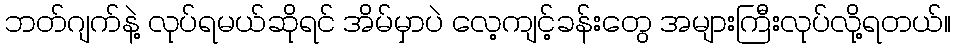
ဘတ်ဂျက်နဲ့ လုပ်ရမယ်ဆိုရင် အိမ်မှာပဲ လေ့ကျင့်ခန်းတွေ အများကြီးလုပ်လို့ရတယ်။